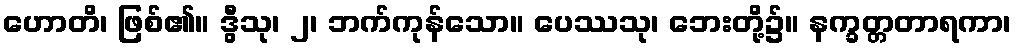
ဟောတိ၊ ဖြစ်၏။ ဒွီသု၊ ၂၊ ဘက်ကုန်သော။ ပေဿသု၊ ဘေးတို့၌။ နက္ခတ္တတာရကာ၊